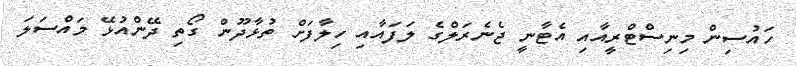
ހައުސިން މިނިސްޓްރީއާއި އެޓާނީ ޖެނެރަލްގެ ލަފައާއި ހިލާފަށް ތުޅާދޫން ގޯތި ދޭންއުޅޭ މައްސަލަ